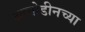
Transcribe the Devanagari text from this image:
आयोडीनच्या